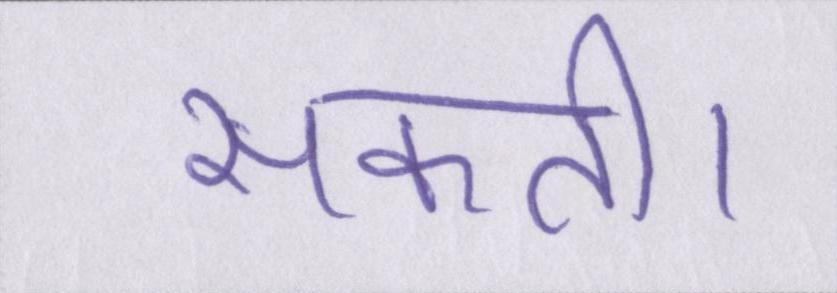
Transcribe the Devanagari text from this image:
सकती।